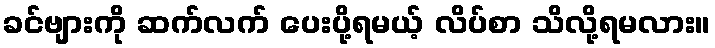
ခင်ဗျားကို ဆက်လက် ပေးပို့ရမယ့် လိပ်စာ သိလို့ရမလား။